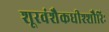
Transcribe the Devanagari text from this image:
शूरवंशैकधीश्शौरिः